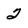
Character: 2